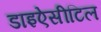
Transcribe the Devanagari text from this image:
डाइऐसीटिल